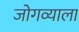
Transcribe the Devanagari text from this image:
जोगव्याला